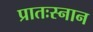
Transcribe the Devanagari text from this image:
प्रातःस्नान